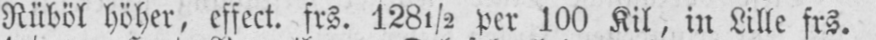
Rüböl höher, effect. frs. 128½ per 100 Kil, in Lille frs.